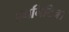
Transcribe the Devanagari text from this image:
एमनिटिना